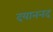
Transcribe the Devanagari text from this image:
दयाननद